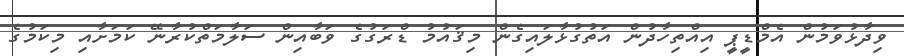
ވިދާޅުވަމުން އެމްޑީޕީ އިއްތިހާދުން އަތުގުޅާލައިގެން މިޤައުމު ޑްރަގުގެ ވަބާއިން ސަލާމަތްކުރާނޭ ކަމަށާއި މިކަމުގެ